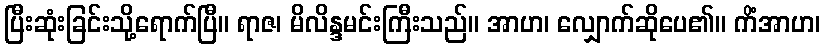
ပြီးဆုံးခြင်းသို့ရောက်ပြီ။ ရာဇ၊ မိလိန္ဒမင်းကြီးသည်။ အာဟ၊ လျှောက်ဆိုပေ၏။ ကိံအာဟ၊